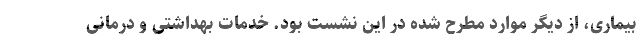
بیماری، از دیگر موارد مطرح شده در این نشست بود. خدمات بهداشتی و درمانی